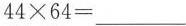
$$44\times 64=___$$